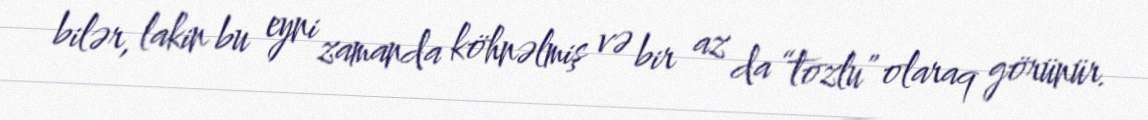
bilər, lakin bu eyni zamanda köhnəlmiş və bir az da “tozlu” olaraq görünür.